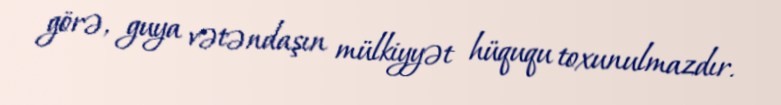
görə, guya vətəndaşın mülkiyyət hüququ toxunulmazdır.